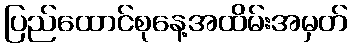
ပြည်ထောင်စုနေ့အထိမ်းအမှတ်